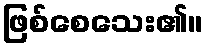
ဖြစ်စေသေး၏။